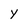
Character: y